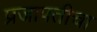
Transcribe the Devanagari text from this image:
प्रजापतीचा